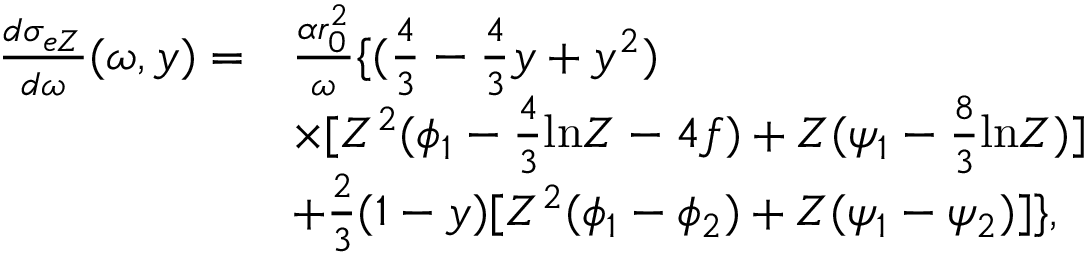
\begin{array} { r l } { \frac { d \sigma _ { e Z } } { d \omega } ( \omega , y ) = } & { \frac { \alpha r _ { 0 } ^ { 2 } } { \omega } \lbrace ( \frac { 4 } { 3 } - \frac { 4 } { 3 } y + y ^ { 2 } ) } \\ & { \times [ Z ^ { 2 } ( \phi _ { 1 } - \frac { 4 } { 3 } \mathrm { l n } Z - 4 f ) + Z ( \psi _ { 1 } - \frac { 8 } { 3 } \mathrm { l n } Z ) ] } \\ & { + \frac { 2 } { 3 } ( 1 - y ) [ Z ^ { 2 } ( \phi _ { 1 } - \phi _ { 2 } ) + Z ( \psi _ { 1 } - \psi _ { 2 } ) ] \rbrace , } \end{array}